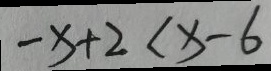
- x + 2 < x - 6